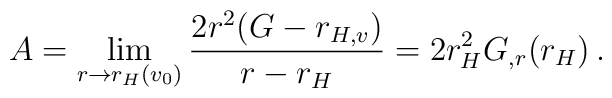
A = \lim_{r \rightarrow r_H(v_0)}\frac{2r^2(G -r_{H,v})}{r -r_H} = 2r_H^2G_{,r}(r_H) \, .